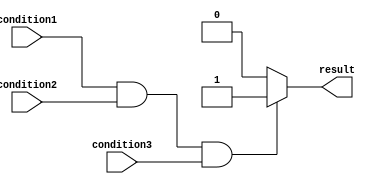
module if_else_statement (
    input wire condition1,
    input wire condition2,
    input wire condition3,
    output reg result
);

always @* begin
    if (condition1 && condition2 && condition3) begin
        result = 1; //statements to be executed if conditions are met
    end 
    else begin
        result = 0; //statements to be executed if conditions are not met
    end
end

endmodule